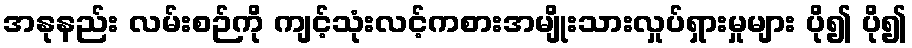
အနုနည်း လမ်းစဉ်ကို ကျင့်သုံးလင့်ကစားအမျိုးသားလှုပ်ရှားမှုများ ပို၍ ပို၍